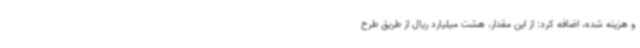
و هزینه شده، اضافه کرد: از این مقدار، هشت میلیارد ریال از طریق طرح